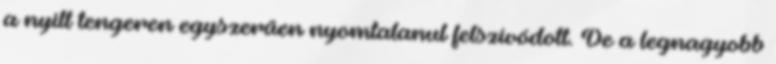
a nyílt tengeren egyszerűen nyomtalanul felszívódott. De a legnagyobb